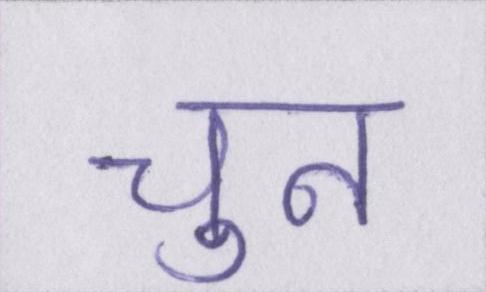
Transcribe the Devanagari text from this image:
चुन